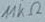
Text: 11kΩ